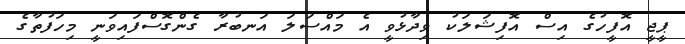
ޕީޖީ އޮފީހުގެ އިސް އޮފިޝަލަކު ވިދާޅުވީ އެ މައްސަލަ އަނބުރާ ގެންގޮސްފައިވަނީ މިހަފުތާގެ